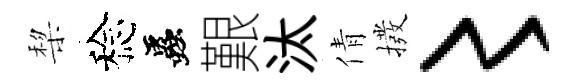
棃稔蟲艱汰倩撥〻